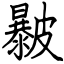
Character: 㿺